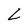
Character: L